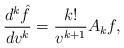
\begin{align*} \frac{d^k\hat{f}}{dv^k}=\frac{k!}{v^{k+1}}A_kf,\end{align*}